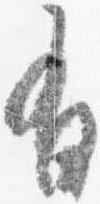
有